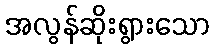
အလွန်ဆိုးရွားသော